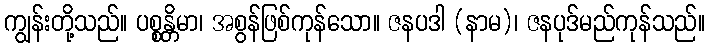
ကျွန်းတို့သည်။ ပစ္စန္တိမာ၊ အစွန်ဖြစ်ကုန်သော။ ဇနပဒါ (နာမ)၊ ဇနပုဒ်မည်ကုန်သည်။